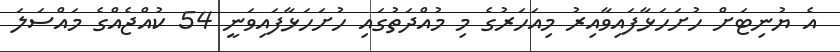
އެ ޔުނިޓަށް ހުށަހަޅާފައިވާއިރު މިއަހަރުގެ މި މުއްދަތުގައި ހުށަހަޅާފައިވަނީ 54 ކުއްޖެއްގެ މައްސަލަ